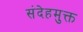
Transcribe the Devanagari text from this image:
संदेहमुक्त